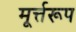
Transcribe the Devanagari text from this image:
मूर्त्तरूप